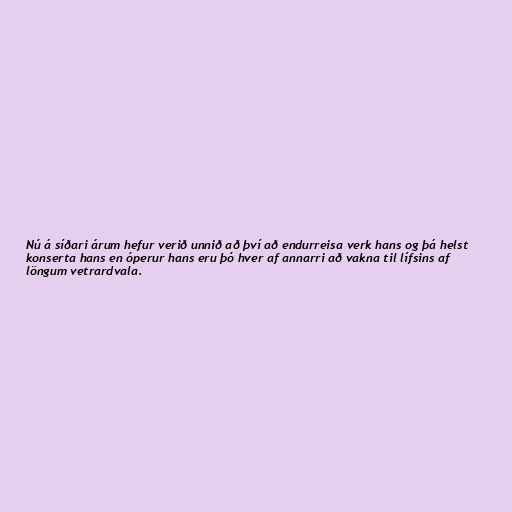
Nú á síðari árum hefur verið unnið að því að endurreisa verk hans og þá helst
konserta hans en óperur hans eru þó hver af annarri að vakna til lífsins af
löngum vetrardvala.